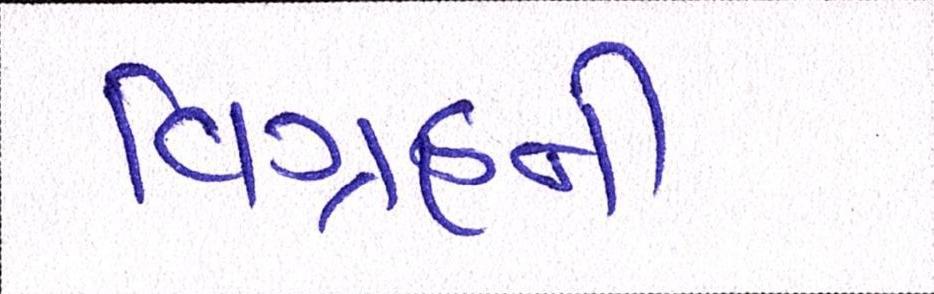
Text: વિગ્રહની